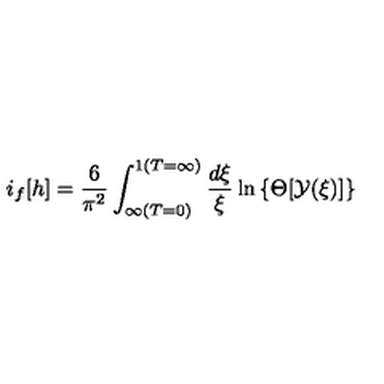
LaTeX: i _ { f } [ h ] = \frac { 6 } { \pi ^ { 2 } } \int _ { \infty ( T = 0 ) } ^ { 1 ( T = \infty ) } \frac { d \xi } { \xi } \ln \left\{ \Theta [ \cal { Y } ( \xi ) ] \right\}